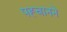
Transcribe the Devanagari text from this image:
पह्चानने